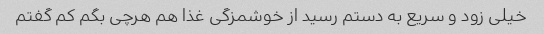
خیلی زود و سریع به دستم رسید از خوشمزگی غذا هم هرچی بگم‌ کم گفتم